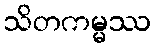
သိတကမ္မဿ